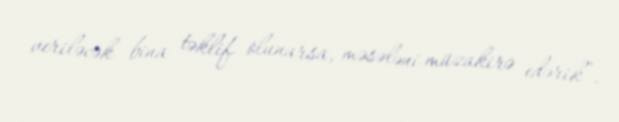
veriləcək bina təklif olunarsa, məsələni müzakirə edərik”.